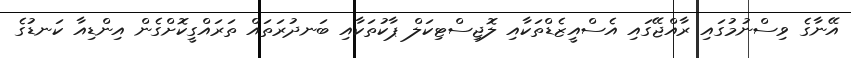
އޭނާގެ ވިސްނުމުގައި ރާއްޖޭގައި އެސްއީޒެޑްތަކާއި ލޮޖިސްޓިކަލް ޕާކުތަކާއި ބަނދުރަތައް ތަރައްގީކޮށްގެން އިންޑިއާ ކަނޑުގެ